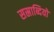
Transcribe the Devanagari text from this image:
सस्राब्दियों